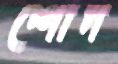
শোদ